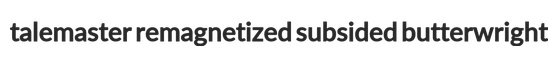
talemaster remagnetized subsided butterwright